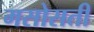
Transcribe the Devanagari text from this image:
मसोसती